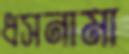
ধসনামা